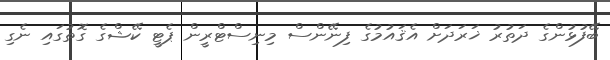
ބޭފުޅުންގެ ދަތުރު ޚަރަދަށް އެޤައުމުގެ ފިނޭންސް މިނިސްޓްރީން ޕެޓީ ކޭޝްގެ ގޮތުގައި ނެގި